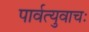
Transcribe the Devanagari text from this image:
पार्वत्युवाचः